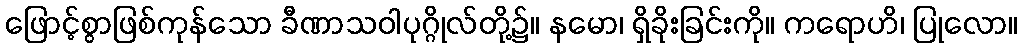
ဖြောင့်စွာဖြစ်ကုန်သော ခီဏာသဝါပုဂ္ဂိုလ်တို့၌။ နမော၊ ရှိခိုးခြင်းကို။ ကရောဟိ၊ ပြုလော။